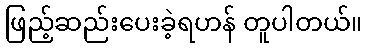
ဖြည့်ဆည်းပေးခဲ့ရဟန် တူပါတယ်။